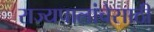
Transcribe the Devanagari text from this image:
राज्यपालांचेसाठी